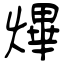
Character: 熚